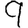
Digit: 9